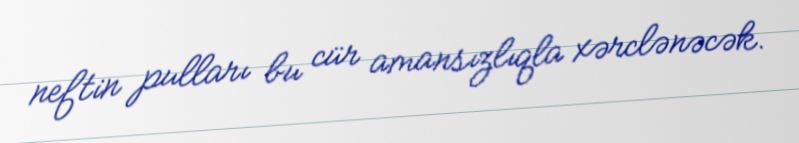
neftin pulları bu cür amansızlıqla xərclənəcək.